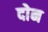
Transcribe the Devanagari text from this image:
दोेन